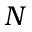
N